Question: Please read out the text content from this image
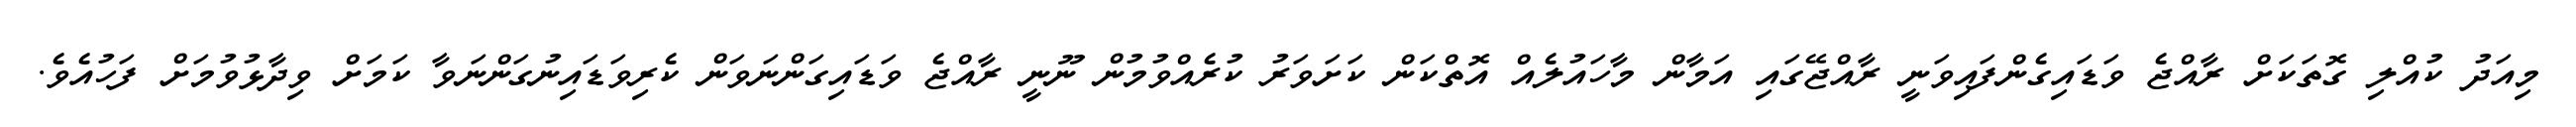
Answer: މިއަދު ކުއްލި ގޮތަކަށް ރާއްޖެ ވަޑައިގެންފައިވަނީ ރާއްޖޭގައި އަމާން މާހައުލެއް އޮތްކަން ކަށަވަރު ކުރެއްވުމުން ނޫނީ ރާއްޖެ ވަޑައިގަންނަވަން ކެރިވަޑައިނުގަންނަވާ ކަމަށް ވިދާޅުވުމަށް ފަހުއެވެ.